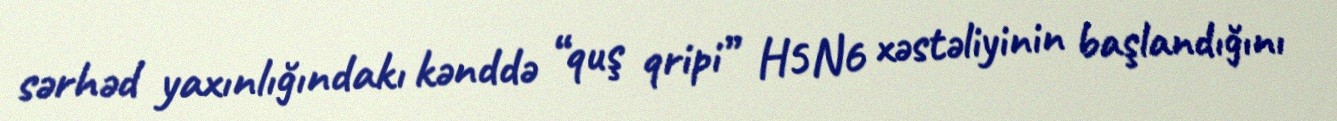
sərhəd yaxınlığındakı kənddə “quş qripi” H5N6 xəstəliyinin başlandığını